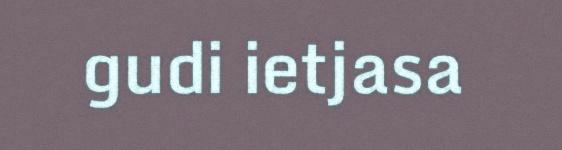
gudi ietjasa